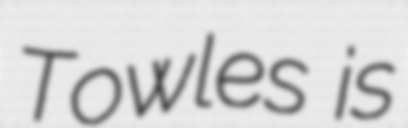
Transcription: Towles is